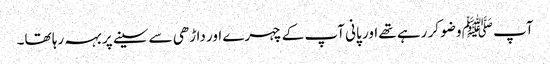
آپ ﷺ وضو کر رہے تھے اور پانی آپ کے چہرے اور داڑھی سے سینے پر بہہ رہا تھا۔